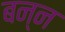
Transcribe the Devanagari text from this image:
बन्न